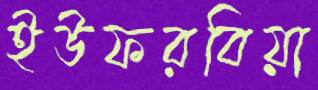
ইউফরবিয়া